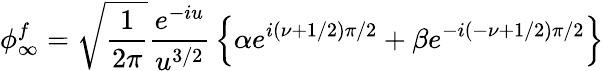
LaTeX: \phi_{\infty}^{f}=\sqrt{\frac{1}{2\pi}}{\frac{e^{-iu}}{u^{3/2}}}\left\{ \alpha e^{i(\nu+1/2)\pi/2}+\beta e^{-i(-\nu+1/2)\pi/2}\right\}